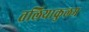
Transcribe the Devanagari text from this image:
तलियाकुलम